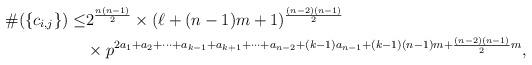
LaTeX: \begin{align*}\begin{aligned}\#(\{c_{i,j}\}) \leq & 2^{\frac{n(n-1)}{2}} \times (\ell+(n-1)m+1)^{\frac{(n-2)(n-1)}{2}} \\& \times p^{ 2a_1+a_2+\cdots+a_{k-1}+a_{k+1}+\cdots+a_{n-2}+(k-1)a_{n-1}+(k-1)(n-1)m+\frac{(n-2)(n-1)}{2}m},\end{aligned}\end{align*}